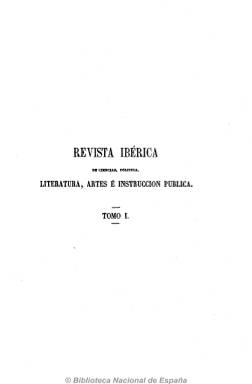
Título: Revista ibérica de ciencias, política, literatura, artes e instrucción pública
Otros títulos: Revista ibérica || Revista ibérica (Madrid)
Colección: Cultura || Educación
Ámbito geográfico: Madrid
Lugar de publicación: Madrid
Fechas: 15/10/1861-01/04/1863

La empresa periodística más relevante del nuevo credo liberal y progresivo fundamentado en el primer krausismo español, que influirá de manera determinante en las décadas posteriores. La publicación estará dirigida por el catedrático Francisco de Paula Canalejas (1834-1883), y en la misma tendrán un papel destacado Ricardo Alzugaray, Antonio Angulo Heredia, Gregorio Cruzada Villaamil y Miguel Morayta, quienes ya habían editado previamente, con el mismo signo cultural e intelectual renovador, La razón (1855-1856 y 1860-1861).

Una larga nómina de intelectuales se sumará con sus artículos y ensayos a este proyecto de renovación del pensamiento español en los diferentes campos del conocimiento (historia, filosofía, política, literatura, sociología, economía, etc.), como Julián Sanz del Río, José Canalejas Casas, Francisco Fernández González, Antonio Ferrer del Río, Juan Valera o José Amador de los Ríos, entre otros muchos.

En números de casi un centenar de páginas y con frecuencia quincenal (aparece los días 1 y 15), comienza a publicarse el 15 de octubre de 1861 y acaba el uno de junio de 1863, formando sus 41 entregas una colección de siete tomos, que abarca dos cursos académicos. En los dos últimos volúmenes, correspondientes al primer semestre de 1863, se añade a su título la indicación de ser “órgano hispano-cubano”, a la misma vez que Revista ibérica… se hace bilingüe al  aumentar su nutrido número de colaboradores portugueses.

Además de los artículos, inserta una serie de crónicas políticas, científico-literarias y una revista portuguesa, y cuenta con una sección bibliográfica. En la colección también se inserta el Boletín de instrucción pública. Cada tomo cuenta con el correspondiente sumario y la nómina de redactores y colaboradores. La revista también sufrió los graves inconvenientes de la restrictiva ley de imprenta.

Gonzalo Capellán de Miguel ha llevado a cabo en 2007 un acercamiento al estudio del primer krausismo español a través de sus dos primeras revistas.